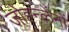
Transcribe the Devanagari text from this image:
जोह्न्लेंनों